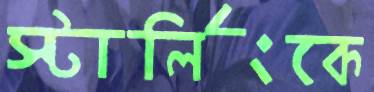
স্টার্লিংকে